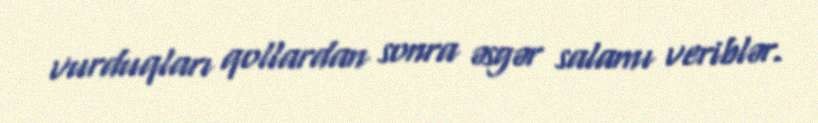
vurduqları qollardan sonra əsgər salamı veriblər.